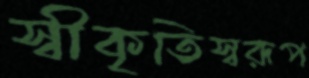
স্বীকৃতিস্বরূপ